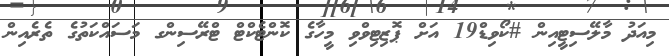
މިއަދު މާލޭސިޓީއިން #ކޯވިޑް19 އަށް ޕޮޒިޓިވްވި މީހާގެ ކޮންޓެކްޓް ޓްރޭސިންގ މަސައްކަތުގެ ތެރެއިން